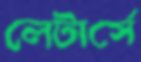
লেটার্সে